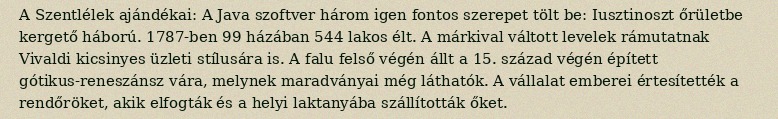
A Szentlélek ajándékai: A Java szoftver három igen fontos szerepet tölt be: Iusztinoszt őrületbe kergető háború. 1787-ben 99 házában 544 lakos élt. A márkival váltott levelek rámutatnak Vivaldi kicsinyes üzleti stílusára is. A falu felső végén állt a 15. század végén épített gótikus-reneszánsz vára, melynek maradványai még láthatók. A vállalat emberei értesítették a rendőröket, akik elfogták és a helyi laktanyába szállították őket.